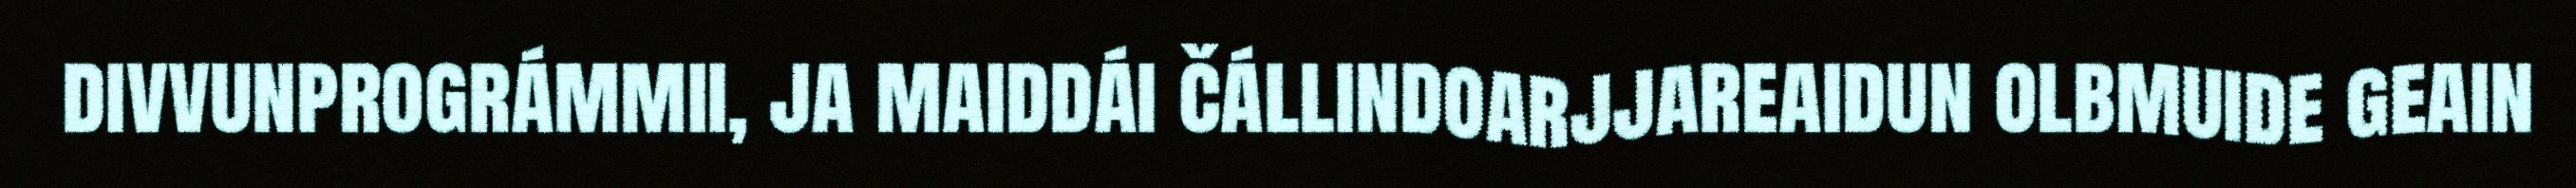
divvunprográmmii, ja maiddái čállindoarjjareaidun olbmuide geain